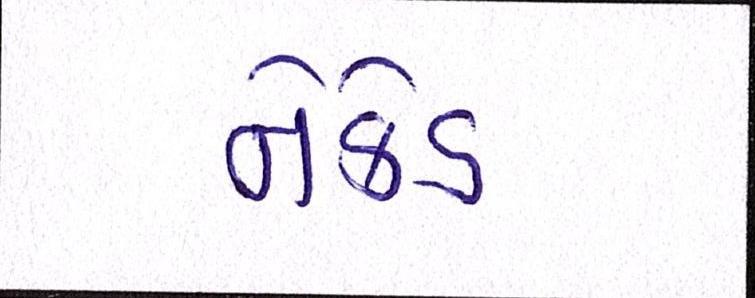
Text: નેકેડ